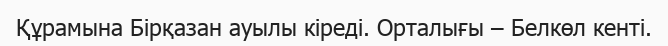
Құрамына Бірқазан ауылы кіреді. Орталығы – Белкөл кенті.